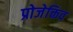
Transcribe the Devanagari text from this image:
प्रोजेक्तिव